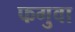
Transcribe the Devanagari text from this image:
फगुवा